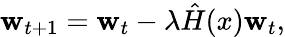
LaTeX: \mathbf{w}_{t+1}=\mathbf{w}_{t}-\lambda\hat{{H}}(x)\mathbf{w}_{t},